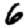
Digit: 6